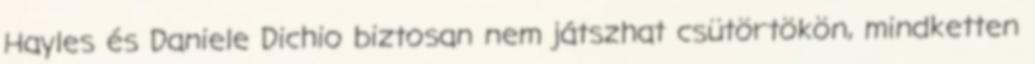
Hayles és Daniele Dichio biztosan nem játszhat csütörtökön, mindketten